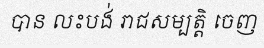
បាន លះបង់ រាជសម្បត្តិ ចេញ